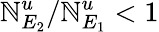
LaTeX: \mathbb{N}_{E_{2}}^{u}/\mathbb{N}_{E_{1}}^{u}<1